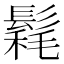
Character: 𩮄